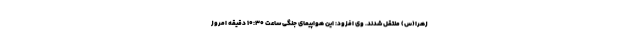
زهرا(س) منتقل شدند. وی افزود: این هواپیمای جنگی ساعت 10:30 دقیقه امروز